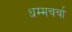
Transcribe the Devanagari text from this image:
धम्मचर्चा